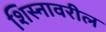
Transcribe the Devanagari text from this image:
शिस्नावरील